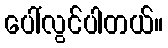
ပေါ်လွင်ပါတယ်။